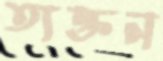
ত্যক্তন